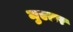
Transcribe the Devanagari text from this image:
मुएलर